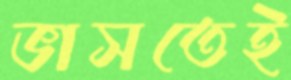
ভাসতেই